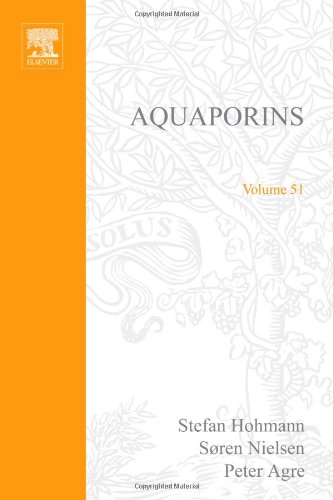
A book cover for Aquaporins, Volume 51 (Current Topics in Membranes); Medical Books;